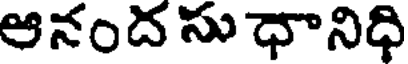
ఆనంద సు ధానిధి